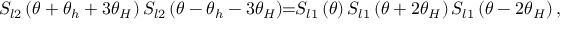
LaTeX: S _ { l 2 } \left( \theta + \theta _ { h } + 3 \theta _ { H } \right) S _ { l 2 } \left( \theta - \theta _ { h } - 3 \theta _ { H } \right) \! \! = \! \! S _ { l 1 } \left( \theta \right) S _ { l 1 } \left( \theta + 2 \theta _ { H } \right) S _ { l 1 } \left( \theta - 2 \theta _ { H } \right) ,